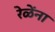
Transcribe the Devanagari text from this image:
रेळेंना